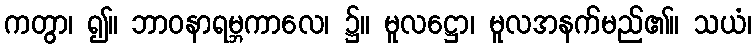
ကတွာ၊ ၍။ ဘာဝနာရမ္ဘကာလေ၊ ၌။ မူလဋ္ဌော၊ မူလအနက်မည်၏။ သယံ၊